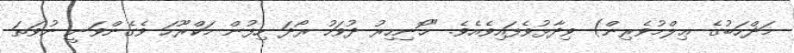
މަޛްހަބުގެ ޢިލްމުވެރިން) ވިދާޅުވެފައިވެއެވެ. "ހޮނިހިރު ދުވަހު ރޯދަ ހިފުން މަކްރޫހަ ވެގެންވަނީ ނުވަތަ